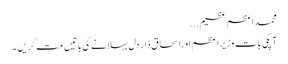
محمداعظم عظیم...
آپکی بات وزیراعظم اوراسحاق ڈار دل بہلانے کی باتیں مت کریں ۔